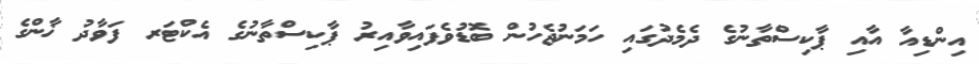
އިންޑިއާ އާއި ޕާކިސްތާނުގެ ދެމެދުގައި ހަމަނުޖެހުން ބޮޑުވެފައިވާއިރު ޕާކިސްތާނުގެ އެކްޓަރ ފަވާދު ޚާންގެ